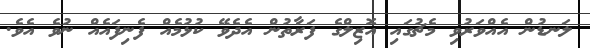
ލަނޑުން އެއްވަރުވި މެޗުގައި އޮޒިލްގެ ފަރާތުން އެދެވޭ ކުޅުމެއް ފެނިފައެއް ނުވެ އެވެ.